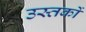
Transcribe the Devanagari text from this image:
उस्तकों